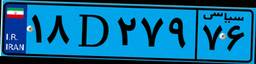
۸۵D۴۵۷۴۹